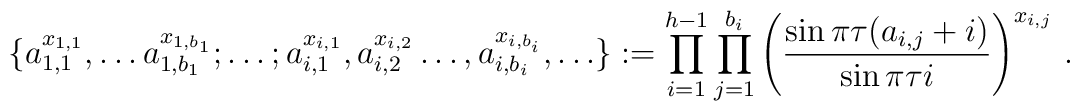
\{a_{1,1}^{x_{1,1}},\ldots a_{1,b_{1}}^{x_{1,b_{1}}};\ldots;a_{i,1}^{x_{i,1}},a_{i,2}^{x_{i,2}}\ldots ,a_{i,b_{i}}^{x_{i,b_{i}}},\ldots\}:=\prod_{i=1}^{h-1}\prod_{j=1}^{b_{i}}\left( \frac{\sin \pi \tau(a_{i,j}+i)}{\sin \pi \tau i}\right) ^{x_{i,j}}\,.